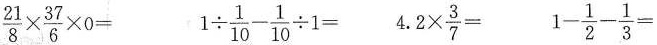
$$\frac{21}{8} \times \frac{37}{6} \times 0=$$ $$1 \div \frac{1}{10}- \frac{1}{10} \div 1=$$ $$4.2 \times \frac{3}{7}=$$ $$1- \frac{1}{2}- \frac{1}{3}=$$